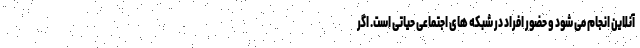
آنلاین انجام می شود و حضور افراد در شبکه های اجتماعی حیاتی است. اگر